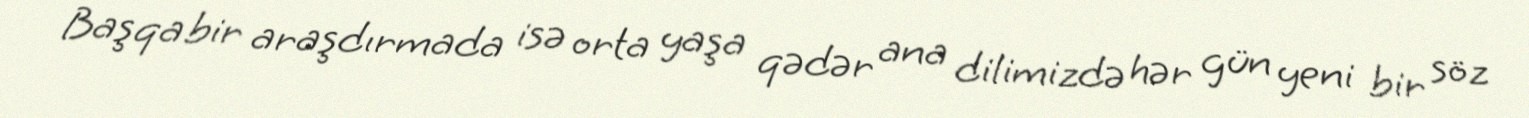
Başqa bir araşdırmada isə orta yaşa qədər ana dilimizdə hər gün yeni bir söz